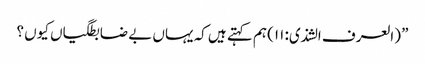
” (العرف الشذی: ۱۱) ہم کہتے ہیں کہ یہاں بے ضابطگیاں کیوں ؟